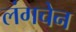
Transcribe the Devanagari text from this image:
लंगचेन